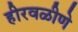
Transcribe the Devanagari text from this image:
हीरवळीणे